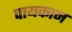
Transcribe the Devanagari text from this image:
पायकान